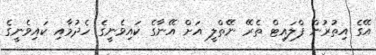
އޭގެ އިތުރުން ފްލައިޓް ތެރޭ ނޭތްލީ އަށް އޭނާގެ ކައިވެނީގެ ހެދުމާއި ކައިވެނީގެ